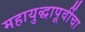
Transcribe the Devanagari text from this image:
महायुद्धापूर्वीचा